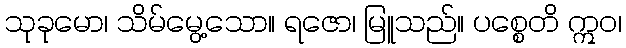
သုခုမော၊ သိမ်မွေ့သော။ ရဇော၊ မြူသည်။ ပစ္စေတိ ဣဝ၊